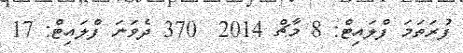
ފުރަތަމަ ފްލައިޓް: 8 މާޗް 2014  370 ދެވަނަ ފްލައިޓް: 17